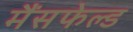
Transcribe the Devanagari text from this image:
मैंसफेल्ड